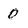
Character: 0